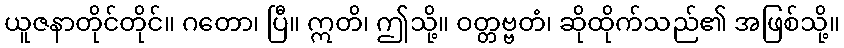
ယူဇနာတိုင်တိုင်။ ဂတော၊ ပြီ။ ဣတိ၊ ဤသို့။ ဝတ္တဗ္ဗတံ၊ ဆိုထိုက်သည်၏ အဖြစ်သို့။